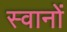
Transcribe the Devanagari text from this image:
स्वानों